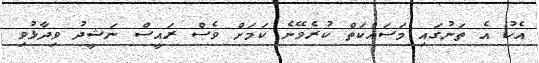
އެކު އެ ތަނުގައި މަސައްކަތް ކުރެވޭނެ ކަމަށް ވެސް ރައީސް ނަޝީދު ވިދާޅުވި